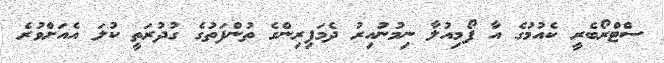
ސްޓްރޯބެރީ ކެއުމުގެ އާ ފޯމިއުލާ ނިމުނުއިރު ދެމަފިރިންގެ ތުންފަތުގެ ގުދުރަތީ ކުލަ އެއަށްވުރެ